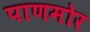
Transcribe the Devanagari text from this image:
पाणमोर